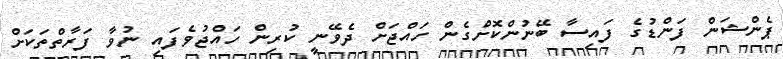
ޕެންޝަން ފަންޑުގެ ފައިސާ ބޭނުންކޮށްގެން ހައްޖަށް ދެވޭނީ ކުރިން ހައްޖުވެފައި ނުވާ ފަރާތްތަކަށް